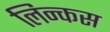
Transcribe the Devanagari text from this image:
लिन्कस